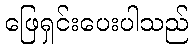
ဖြေရှင်းပေးပါသည်